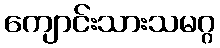
ကျောင်းသားသမဂ္ဂ